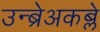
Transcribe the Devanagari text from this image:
उन्ब्रेअकब्ले